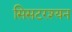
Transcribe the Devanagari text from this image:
सिसटरश्यन